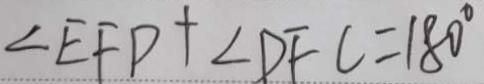
\angle E F D + \angle D F C = 1 8 0 ^ { \circ }